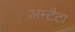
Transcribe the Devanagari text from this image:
अम्टैटा